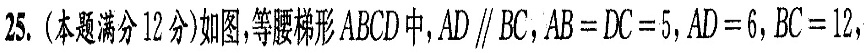
25.(本题满分12分)如图，等腰梯形ABCD中，$$AD\parallel BC$$，$$AB=DC=5$$，$$AD=6$$，$$BC=12$$，